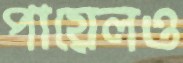
পায়েলও